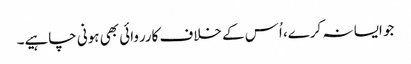
جو ایسا نہ کرے، اُس کے خلاف کارروائی بھی ہونی چاہیے۔